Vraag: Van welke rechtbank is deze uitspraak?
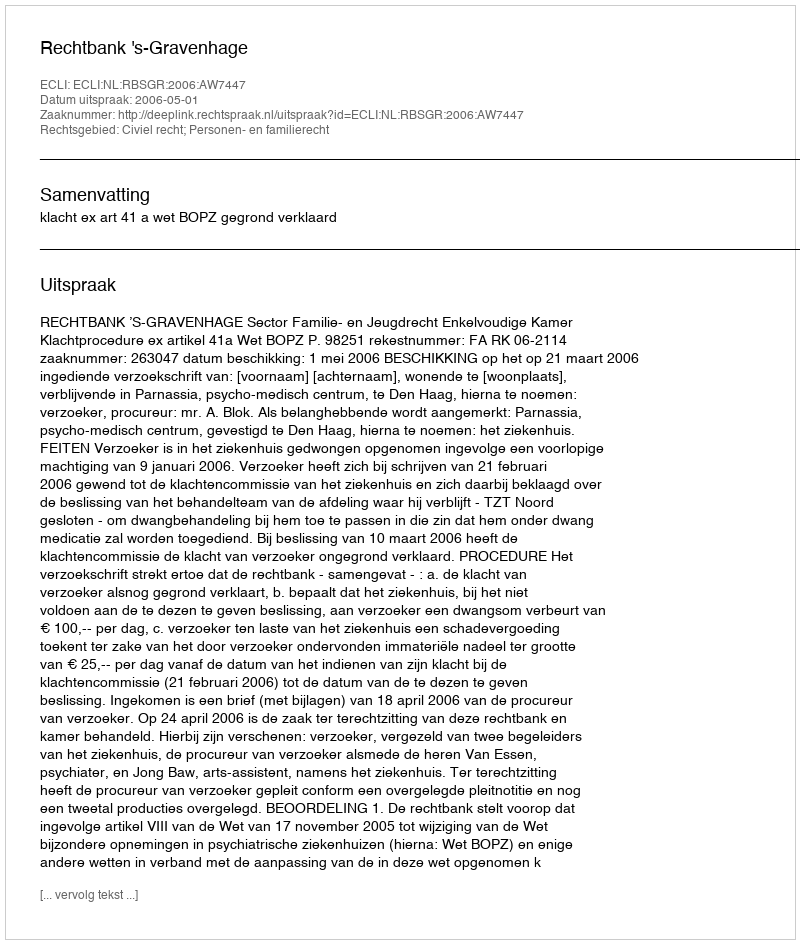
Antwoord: Rechtbank 's-Gravenhage